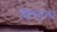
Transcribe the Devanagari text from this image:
व्हिसाला